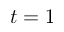
t = 1